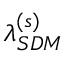
\lambda _ { S D M } ^ { ( s ) }